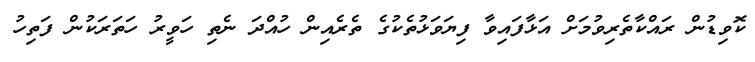
ކޮވިޑުން ރައްކާތެރިވުމަށް އަޅާފައިވާ ފިޔަވަޅުތެކުގެ ތެރެއިން ހުއްދަ ނެތި ހަވީރު ހަތަރަކުން ފަތިހު